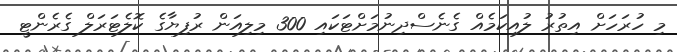
މި ހުރަހަށް އިތުރު ލުއިކަމެއް ގެނެސްދިނުމަށްޓަކައި 300 މިލިއަން ރުފިޔާގެ ކޮލެޓަރަލް ގެރެންޓީ